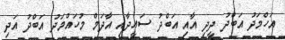
އަހްމަދު އަބްދު ދީދި އާއި އަބްދު ސައީދާއި އާދަމް މުހައްމަދު އަބްދު އަދި